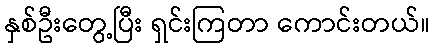
နှစ်ဦးတွေ့ပြီး ရှင်းကြတာ ကောင်းတယ်။